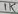
Text: 1K